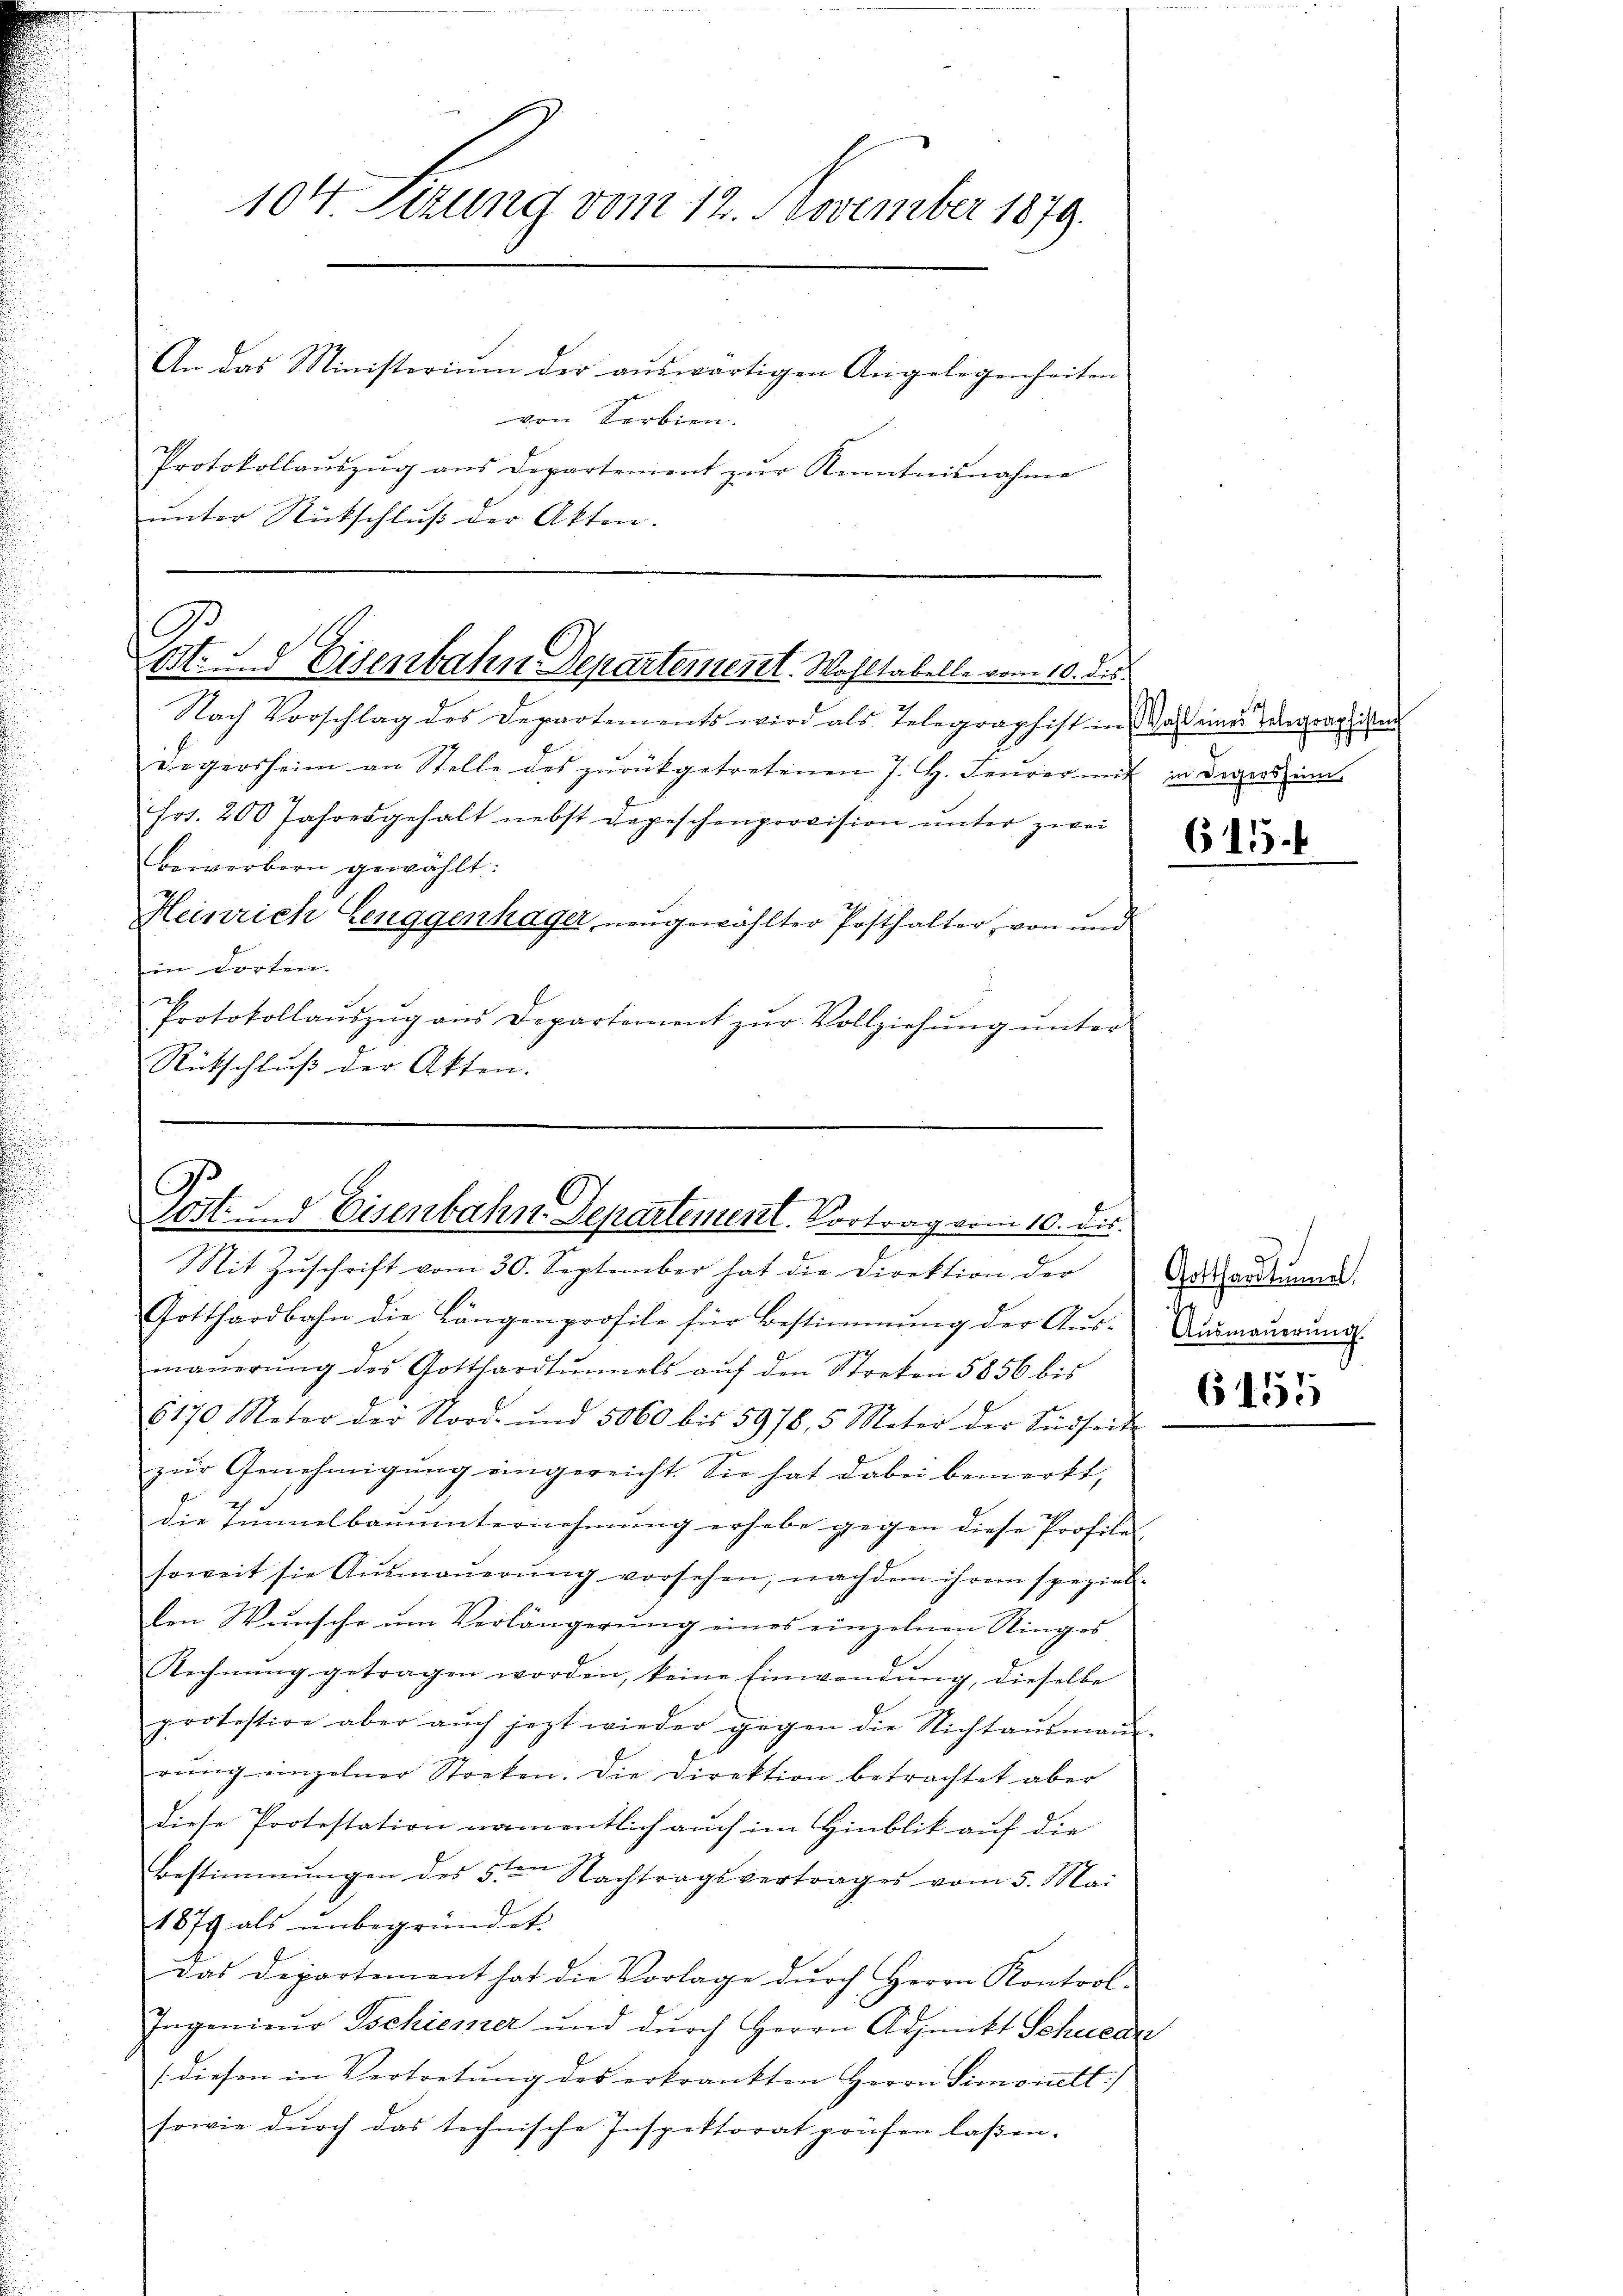
104. Sizung vom 12. November 1879.
An das Ministorium der auswärtigen Angelegenheiten
von Terbien.

Protokollaŭszŭg ans Departement zŭr Kenntnisnahme
ŭnter Rückschlŭβ der Akten.
Nach Vorschlag des Departements wird als Telegraphist in Was einer Wegraphien
Degersheim an Stelle des zŭrückgetretenen 7. H. Feŭer mit in divers im
frs. 200 Jahresgehalt nebst Depeschenprovision ŭnter zwei
bewerbern gewählt:
Heinrich Leuggenhäger, neugewählter Posthalter, von und
im dorten.
Protokollaŭszŭg aŭs Departement zŭr Vollziehŭng ŭnter
Rütschluß der Akten.

B
Mt. d Eisenbahn Departement. Wohltabelle vom 10. ds.

Mit Zuschrift vom 30. September hat die Direktion der
Gotthardbahn die Längenprofile für Bestimmung der Aŭs-Aŭsmaŭerŭng.
maŭerŭng des Gotthardtŭnels aŭf den Streken 5856 bis
6170 Meter der Nord- und 5060 bis 5978, 5 Meter der Südseit
zŭr Genehmigŭng eingereicht. Sie hat dabei bemerkt,
die Tunnelbauunternehmung erhabe gegen diese Profile
soweit sie Aŭsmaŭerŭng vorsehen, nachdem ihrem speziel
den Wunsche um Verlängerŭng eines einzelnen Ringes
Rechnŭng getragen worden, keine Einwendung, dieselbe
protestire aber aŭch jezt wieder gegen die Nichtaŭsmaṅ-
rŭng einzelner Stocken. Die Direktion betrachtet aber
diese Protestation namentlich auch im Hinblik auf die
Bestimmungen des 5ten Nachtragsvertrages vom 5. Mai
1879 als ŭnbegründet.
Das Departement hat die Vorlage dŭrch Herrn Kontrol-
Ingenieŭr Tschiener und dŭrch Herrn Adjunkt Schuear
/ diesen in Vertretŭng des erkrankten Herrn Simonetl.)
sowie durch das technische Inspektorat prüfen laßen.

C
Post. Eisenbahn Departement. Vortrag vom 10. dir.

615

a
Gotthard immel,

6155